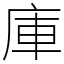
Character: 庫